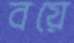
বয়ে